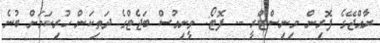
ރާއްޖޭގެ ފޮރިން މިނިސްޓްރީ -- ފޮޓޯ: ވީނިއުސް ބަޖެޓްގެ ދަތިކަން ހުރިކަމަށް ބުނެ